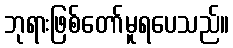
ဘုရားဖြစ်တော်မူရပေသည်။